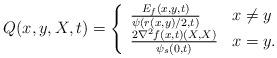
LaTeX: \begin{align*}Q(x,y,X,t)=\left\{\begin{array}{ll}\frac{E_f(x,y,t)}{\psi(r(x,y)/2,t)}&x\neq y\\\frac{2\nabla^2f(x,t)(X,X)}{\psi_s(0,t)}&x=y.\end{array}\right.\end{align*}